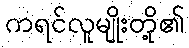
ကရင်လူမျိုးတို့၏